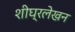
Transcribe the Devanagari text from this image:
शीघ्रलेखन